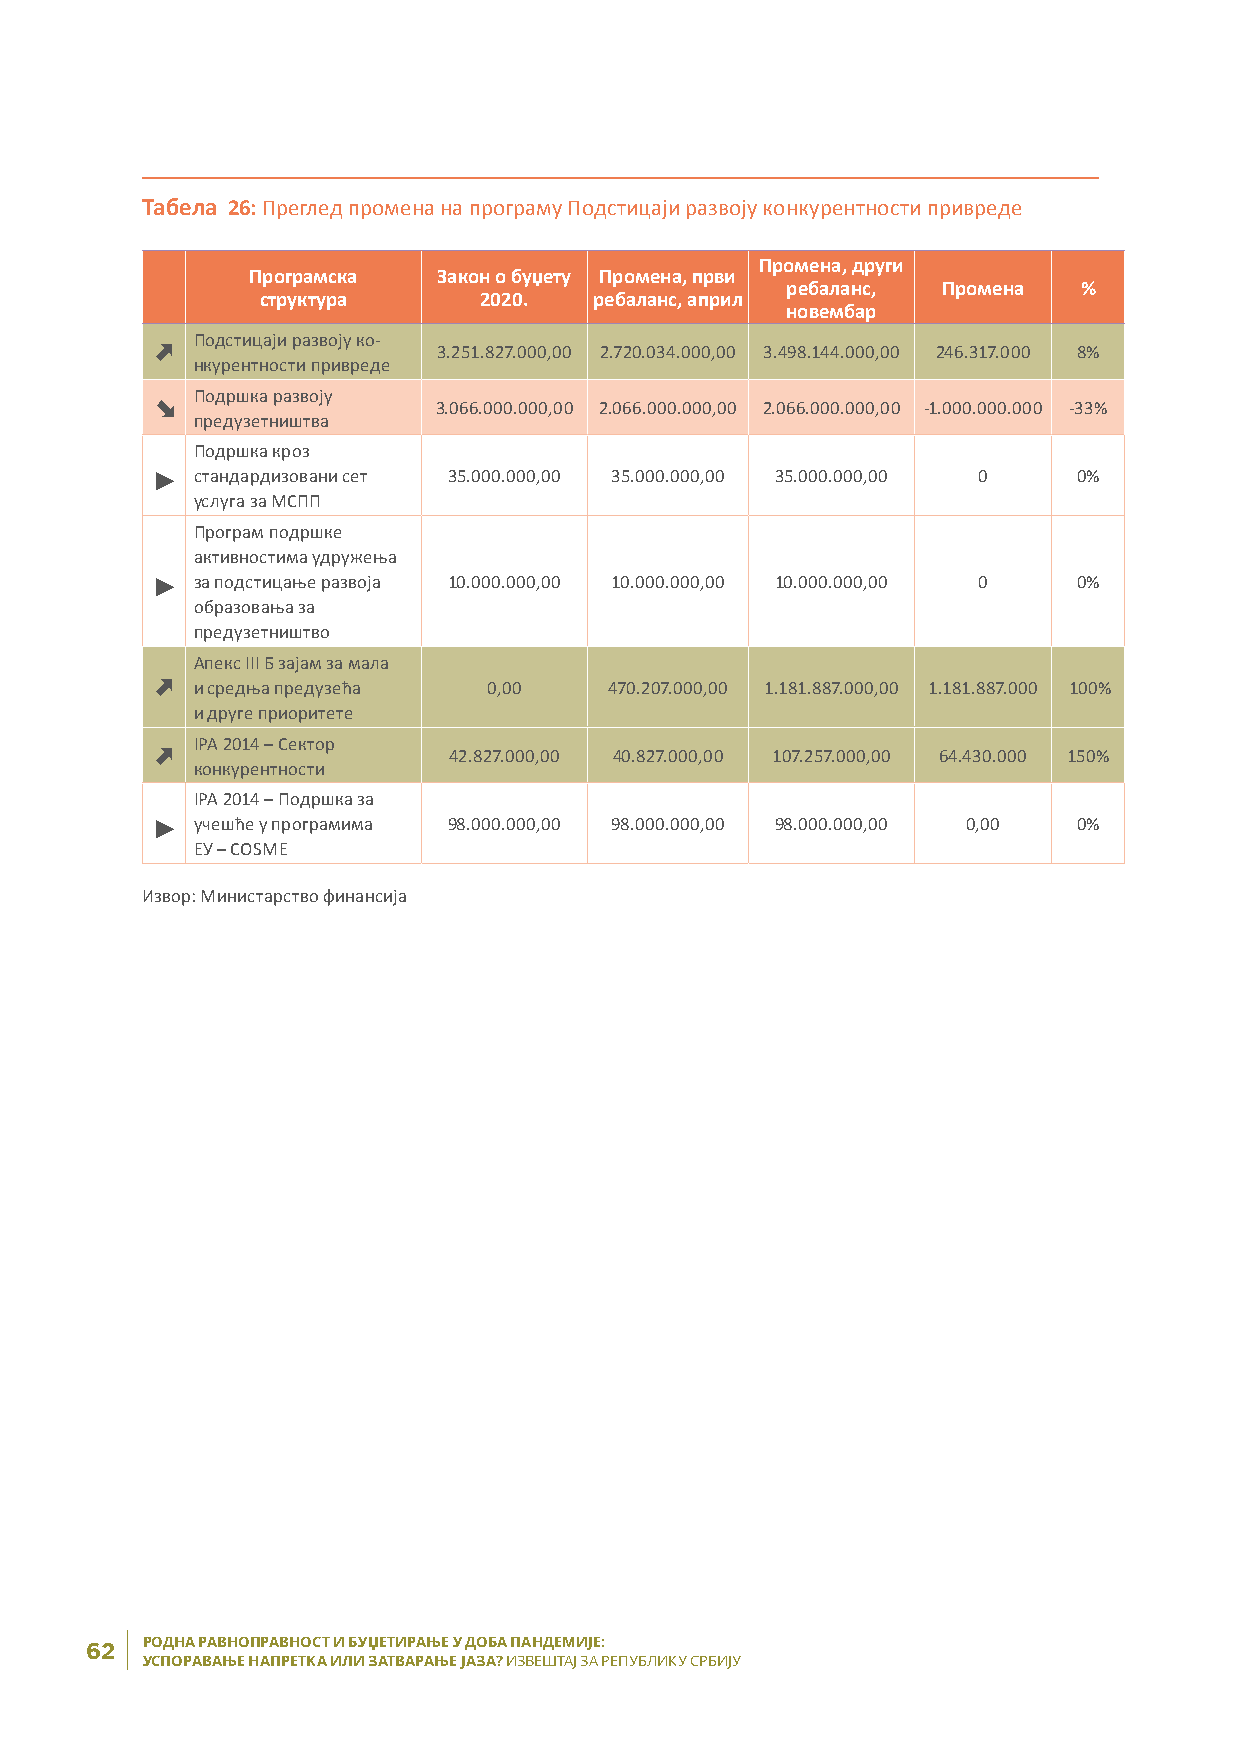
Табела 26: Преглед промена на програму Подстицаји развоју конкурентности привреде
 Промена, други
 Програмска   Закон о буџету Промена, први
 ребаланс, Промена  %
 структура      2020.  ребаланс, април
 новембар
 Подстицаји развоју ко-
 D                  3.251.827.000,00 2.720.034.000,00 3.498.144.000,00 246.317.000 8%
 нкурентности привреде
 Подршка развоју
 F                  3.066.000.000,00 2.066.000.000,00 2.066.000.000,00 -1.000.000.000 -33%
 предузетништва
 Подршка кроз
 >
 ста ндардизовани сет 35.000.000,00 35.000.000,00 35.000.000,00 0 0%
 услуга за МСПП
 Програм подршке
 активностима удружења
 >
 за подстицање развоја 10.000.000,00 10.000.000,00 10.000.000,00 0 0%
 образовања за
 предузетништво
 Апекс III Б зајам за мала
 D  и средња предузећа 0,00    470.207.000,00 1.181.887.000,00 1.181.887.000 100%
 и друге приоритете
 IPA 2014 – Сектор
 D                   42.827.000,00 40.827.000,00 107.257.000,00 64.430.000 150%
 конкурентности
 IPA 2014 – Подршка за
 >
 учешће у програмима 98.000.000,00 98.000.000,00 98.000.000,00 0,00 0%
 ЕУ – COSME
 Извор: Министарство финансија
 РОДНА РАВНОПРАВНОСТ И БУЏЕТИРАЊЕ У ДОБА ПАНДЕМИЈЕ:
 62
 УСПОРАВАЊЕ НАПРЕТКА ИЛИ ЗАТВАРАЊЕ ЈАЗА? ИЗВЕШТАЈ ЗА РЕПУБЛИКУ СРБИЈУ